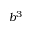
b ^ { 3 }